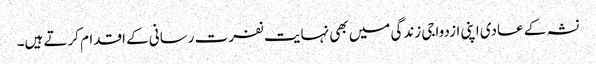
نشہ کے عادی اپنی ازدواجی زندگی میں بھی نہایت نفرت رسانی کے اقدام کرتے ہیں۔